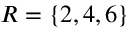
R = \{ 2 , 4 , 6 \}